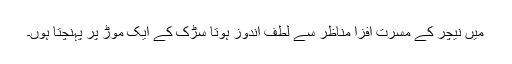
میں نیچر کے مسرت افزا مناظر سے لطف اندوز ہوتا سڑک کے ایک موڑ پر پہنچتا ہوں۔